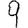
Digit: 9